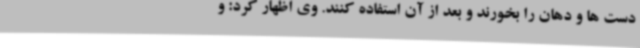
دست ها و دهان را بخورند و بعد از آن استفاده کنند. وی اظهار کرد: و